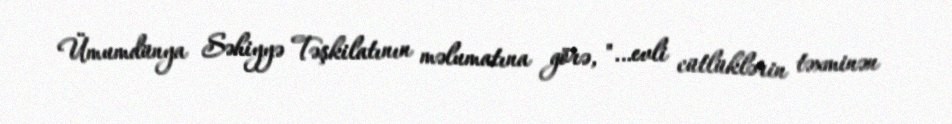
Ümumdünya Səhiyyə Təşkilatının məlumatına görə, "…evli cütlüklərin təxminən